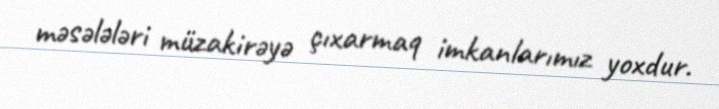
məsələləri müzakirəyə çıxarmaq imkanlarımız yoxdur.